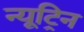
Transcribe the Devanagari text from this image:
न्यूट्रिन